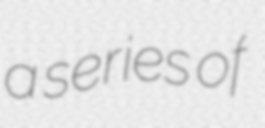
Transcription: a series of